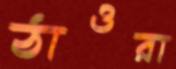
ঠাওরা